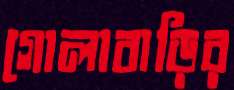
গোলাবাড়ির